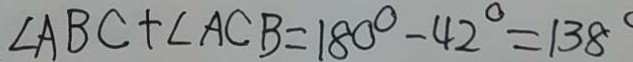
\angle A B C + \angle A C B = 1 8 0 ^ { \circ } - 4 2 ^ { \circ } = 1 3 8 ^ { \circ }